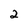
Character: 2